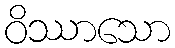
ဝိဿာသော